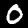
Label: 0